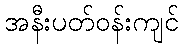
အနီးပတ်ဝန်းကျင်